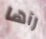
رآها